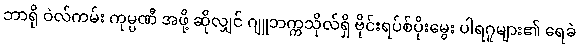
ဘာရို ဝဲလ်ကမ်း ကုမ္ပဏီ အဖို့ ဆိုလျှင် ဂျူဘက္ကသိုလ်ရှိ ဗိုင်းရပ်စ်ပိုးမွေး ပါရဂူများ၏ ရေခဲ